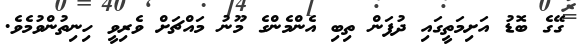
ގޭގެ ބޮޑު އަށިމަތީގައި ދުފަން ތިބި އެންމެންގެ މޫނު މައްޗަށް ވެރިވީ ހިނިތުންވުމެވެ.